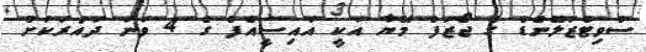
ސްވިޓްޒަލޭންޑް ގެ ޖޯޒަފް މޭޔާ އަކީ އައިސީއެފް ގެ 4 ވަނަ ދައުރަކަށް